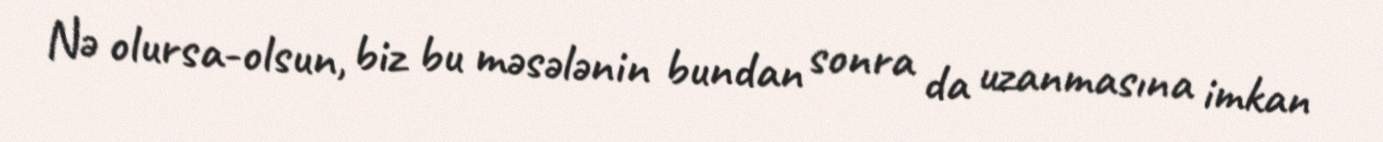
Nə olursa-olsun, biz bu məsələnin bundan sonra da uzanmasına imkan